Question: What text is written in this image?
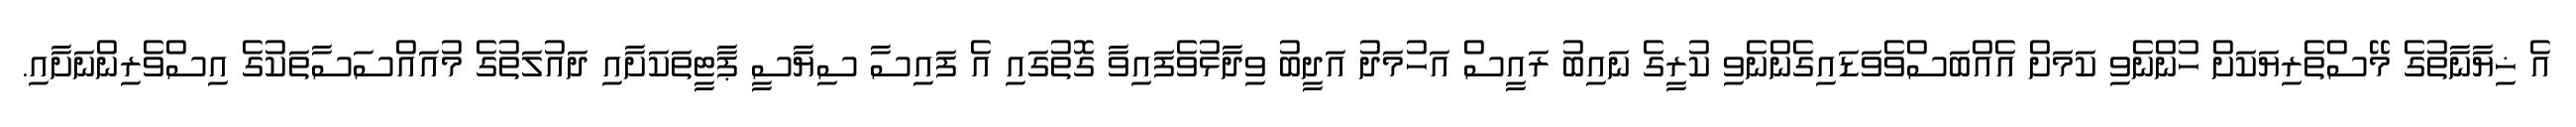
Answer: އެ ޚިޔާނާތުގެ މޭސްތެރިޔަކަށް ހުންނެވި ކަމަށް އެއްބަސްވެވަޑައިގެންނެވި ކުރީގެ ނައިބު ރައީސް އަހުމަދު އަދީބު ވިދާޅުވެފައިވާ ގޮތުގައި އެ ފައިސާ ސިޔާސީ ޕާޓީތަކަށާއި ދައުލަތުގެ މުއައްސަސާތަކުގެ އިސްވެރިންނަށާއި.